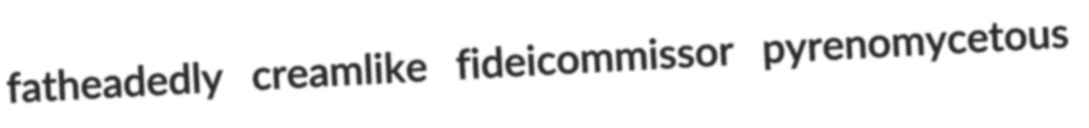
fatheadedly creamlike fideicommissor pyrenomycetous